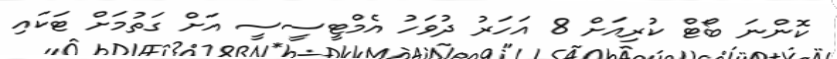
ކޮންނަ ބޯޓް ކުރިއަށް 8 އަހަރު ދުވަހު އެމްޓީސީސީ އަށް ގަތުމަށް ޓަކައި